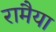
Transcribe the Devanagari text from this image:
रामैया